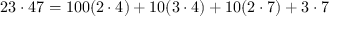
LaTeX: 2 3 \cdot 4 7 = 1 0 0 ( 2 \cdot 4 ) + 1 0 ( 3 \cdot 4 ) + 1 0 ( 2 \cdot 7 ) + 3 \cdot 7